Madras plague regulations and rules for district municipalities and other towns and villages
Disease focus: Plague
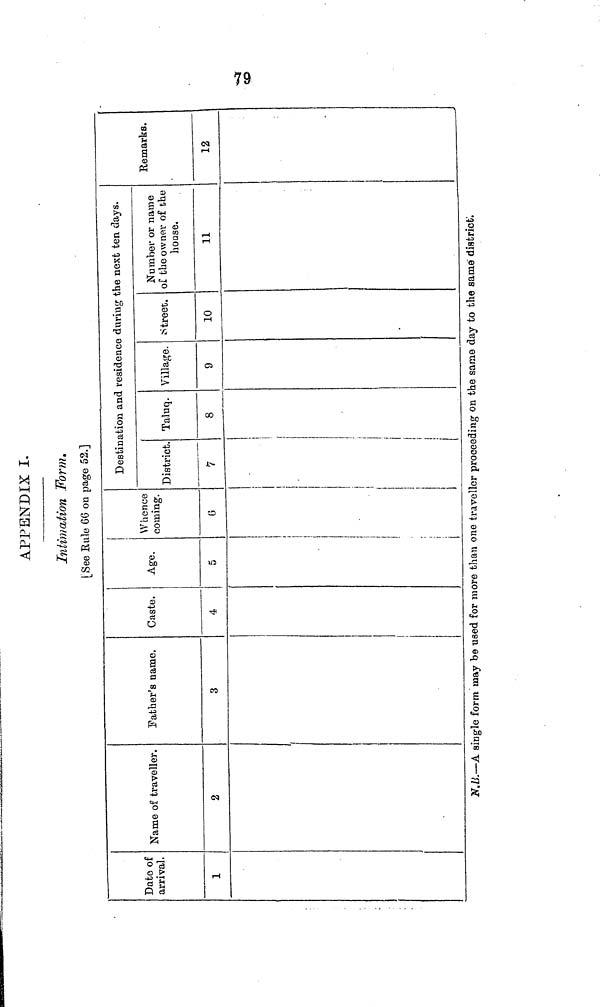
APPENDIX I.
Intimation Form.
[See Rule 66 on page 52.]
Date of
arrival.
1
Name of traveller.
2
Father's name.
3
Caste.
4
Age.
5
Whence
coming.
Destination and residence during the next ten days.
District.
7
Taluq.
8
Village.
9
Street.
10
Number or name
of the owner of the
house.
11
Remarks.
12
N,B.—A single form may be used for more than one traveller proceeding on the same day to the same district.
79